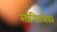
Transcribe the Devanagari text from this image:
सांगितलेवर